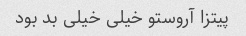
پیتزا آروستو خیلی خیلی بد بود